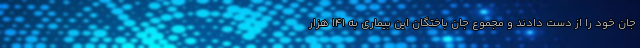
جان خود را از دست دادند و مجموع جان باختگان این بیماری به ۱۴۱ هزار